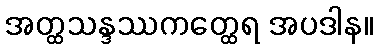
အတ္ထသန္ဒဿကတ္ထေရ အပဒါန။